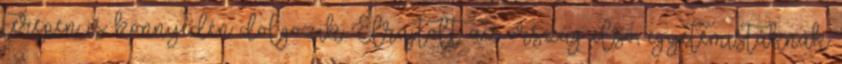
terepen is könnyedén dolgozik Elrajtolt az ország első, egyetemistáknak